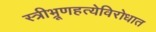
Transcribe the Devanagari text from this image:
स्त्रीभ्रूणहत्येविरोधात